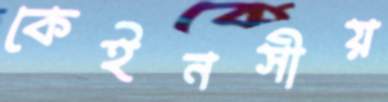
কেইনসীয়